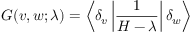
G ( v , w ; \lambda ) = \left\langle \delta _ { v } \left| { \frac { 1 } { H - \lambda } } \right| \delta _ { w } \right\rangle